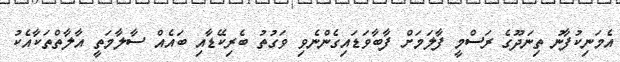
އެމަނިކުފާނު ތިނަދޫގެ ރަސްމީ ފާލަމަށް ފާބާވަޑައިގެންނެވި ވަގުތު ބެރިކޭޑާއި ބައެއް ސާލާމަތީ އާލާތްތަކާއެކު